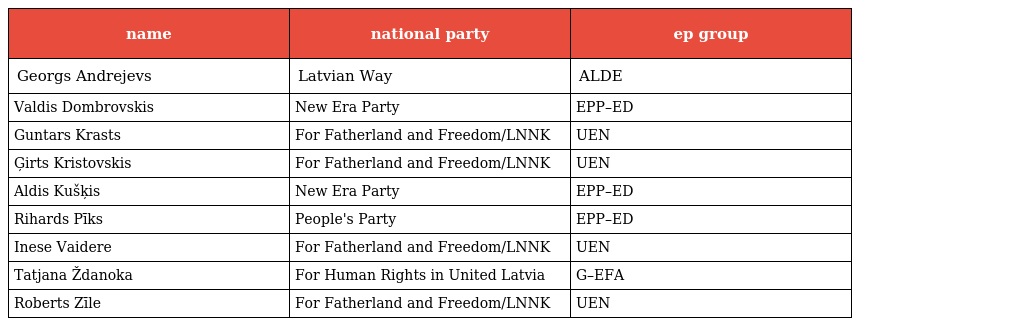
| name | national party | ep group |
 | --- | --- | --- |
 | Georgs Andrejevs | Latvian Way | ALDE |
 | Valdis Dombrovskis | New Era Party | EPP–ED |
 | Guntars Krasts | For Fatherland and Freedom/LNNK | UEN |
 | Ģirts Kristovskis | For Fatherland and Freedom/LNNK | UEN |
 | Aldis Kušķis | New Era Party | EPP–ED |
 | Rihards Pīks | People's Party | EPP–ED |
 | Inese Vaidere | For Fatherland and Freedom/LNNK | UEN |
 | Tatjana Ždanoka | For Human Rights in United Latvia | G–EFA |
 | Roberts Zīle | For Fatherland and Freedom/LNNK | UEN |